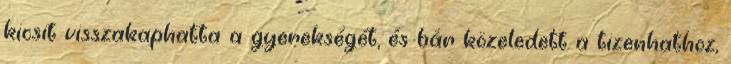
kicsit visszakaphatta a gyerekségét, és bár közeledett a tizenhathoz,